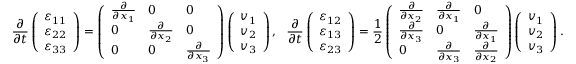
\frac { \partial } { \partial t } \left( \begin{array} { l } { \varepsilon _ { 1 1 } } \\ { \varepsilon _ { 2 2 } } \\ { \varepsilon _ { 3 3 } } \end{array} \right) = \left( \begin{array} { l l l } { \frac { \partial } { \partial x _ { 1 } } } & { 0 } & { 0 } \\ { 0 } & { \frac { \partial } { \partial x _ { 2 } } } & { 0 } \\ { 0 } & { 0 } & { \frac { \partial } { \partial x _ { 3 } } } \end{array} \right) \left( \begin{array} { l } { v _ { 1 } } \\ { v _ { 2 } } \\ { v _ { 3 } } \end{array} \right) , ~ ~ \frac { \partial } { \partial t } \left( \begin{array} { l } { \varepsilon _ { 1 2 } } \\ { \varepsilon _ { 1 3 } } \\ { \varepsilon _ { 2 3 } } \end{array} \right) = \frac { 1 } { 2 } \left( \begin{array} { l l l } { \frac { \partial } { \partial x _ { 2 } } } & { \frac { \partial } { \partial x _ { 1 } } } & { 0 } \\ { \frac { \partial } { \partial x _ { 3 } } } & { 0 } & { \frac { \partial } { \partial x _ { 1 } } } \\ { 0 } & { \frac { \partial } { \partial x _ { 3 } } } & { \frac { \partial } { \partial x _ { 2 } } } \end{array} \right) \left( \begin{array} { l } { v _ { 1 } } \\ { v _ { 2 } } \\ { v _ { 3 } } \end{array} \right) .